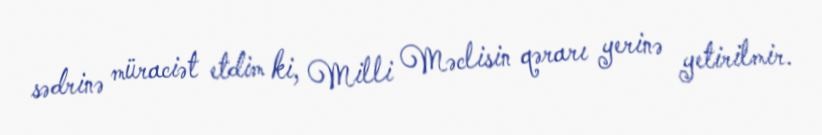
sədrinə müraciət etdim ki, Milli Məclisin qərarı yerinə yetirilmir.